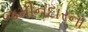
જમીનદારના